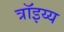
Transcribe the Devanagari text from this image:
त्रॉइय्य